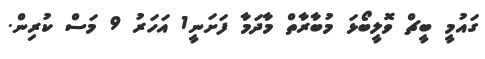
ގައުމީ ބީޗް ވޮލީބޯޅަ މުބާރާތް މާދަމާ ފަށަނީ1 އަހަރު 9 މަސް ކުރިން.